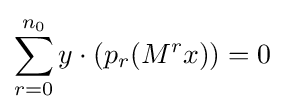
\sum _{r=0}^{n_{0}}y\cdot (p_{r}(M^{r}x))=0